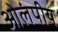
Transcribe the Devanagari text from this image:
ओलंपीय